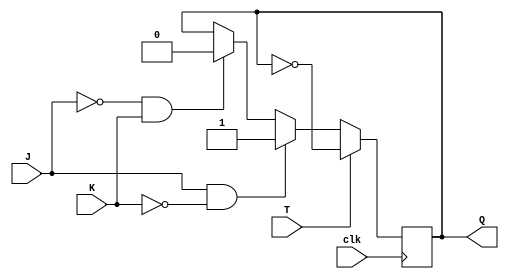
module TJK_FF(
    input clk, // Clock input
    input J, // JK input
    input K, // JK input
    input T, // T input
    output reg Q // Output
);

// Sequential logic for TJK flip-flop
always @(posedge clk) begin
    if(T) begin
        Q <= ~Q; // Toggle the output state
    end else begin
        if(J & ~K) begin
            Q <= 1; // Set the output state
        end else if(~J & K) begin
            Q <= 0; // Reset the output state
        end
    end
end

endmodule